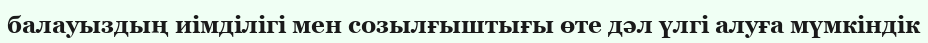
балауыздың иімділігі мен созылғыштығы өте дәл үлгі алуға мүмкіндік